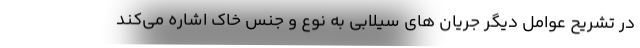
در تشریح عوامل دیگر جریان های سیلابی به نوع و جنس خاک اشاره می‌کند